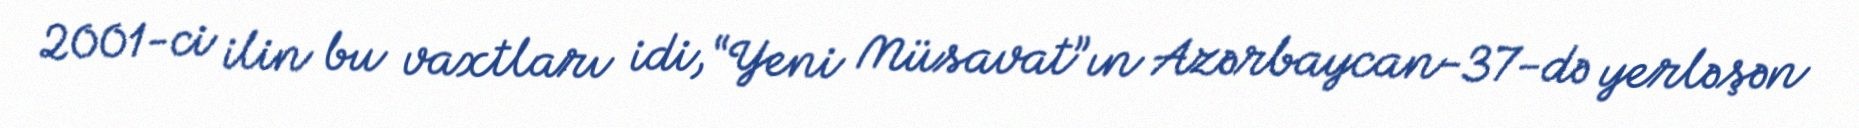
2001-ci ilin bu vaxtları idi, “Yeni Müsavat”ın Azərbaycan-37-də yerləşən